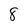
Character: 8